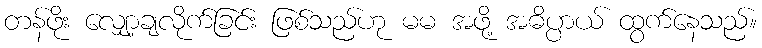
တန်ဖိုး လျှော့ချလိုက်ခြင်း ဖြစ်သည်ဟု မမ အဖို့ အဓိပ္ပာယ် ထွက်နေသည်။